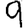
Digit: 9